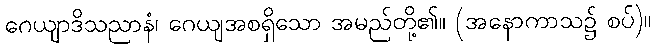
ဂေယျာဒိသညာနံ၊ ဂေယျအစရှိသော အမည်တို့၏။ (အနောကာသ၌ စပ်)။